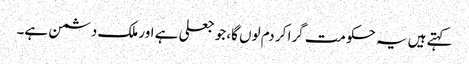
کہتے ہیں یہ حکومت گرا کر دم لوں گا، جو جعلی ہے اور ملک دشمن ہے۔